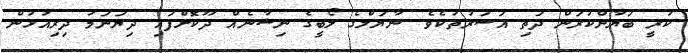
ކުރީ ބަޔާންކުރަން ދަތި އަސަރުތަކެވެ. ނާޔަލްގެ ލޯބީގެ ނިޝާނެއް ދޫކޮށްފައި ދިޔަނަމަ ދިރިއުޅުން